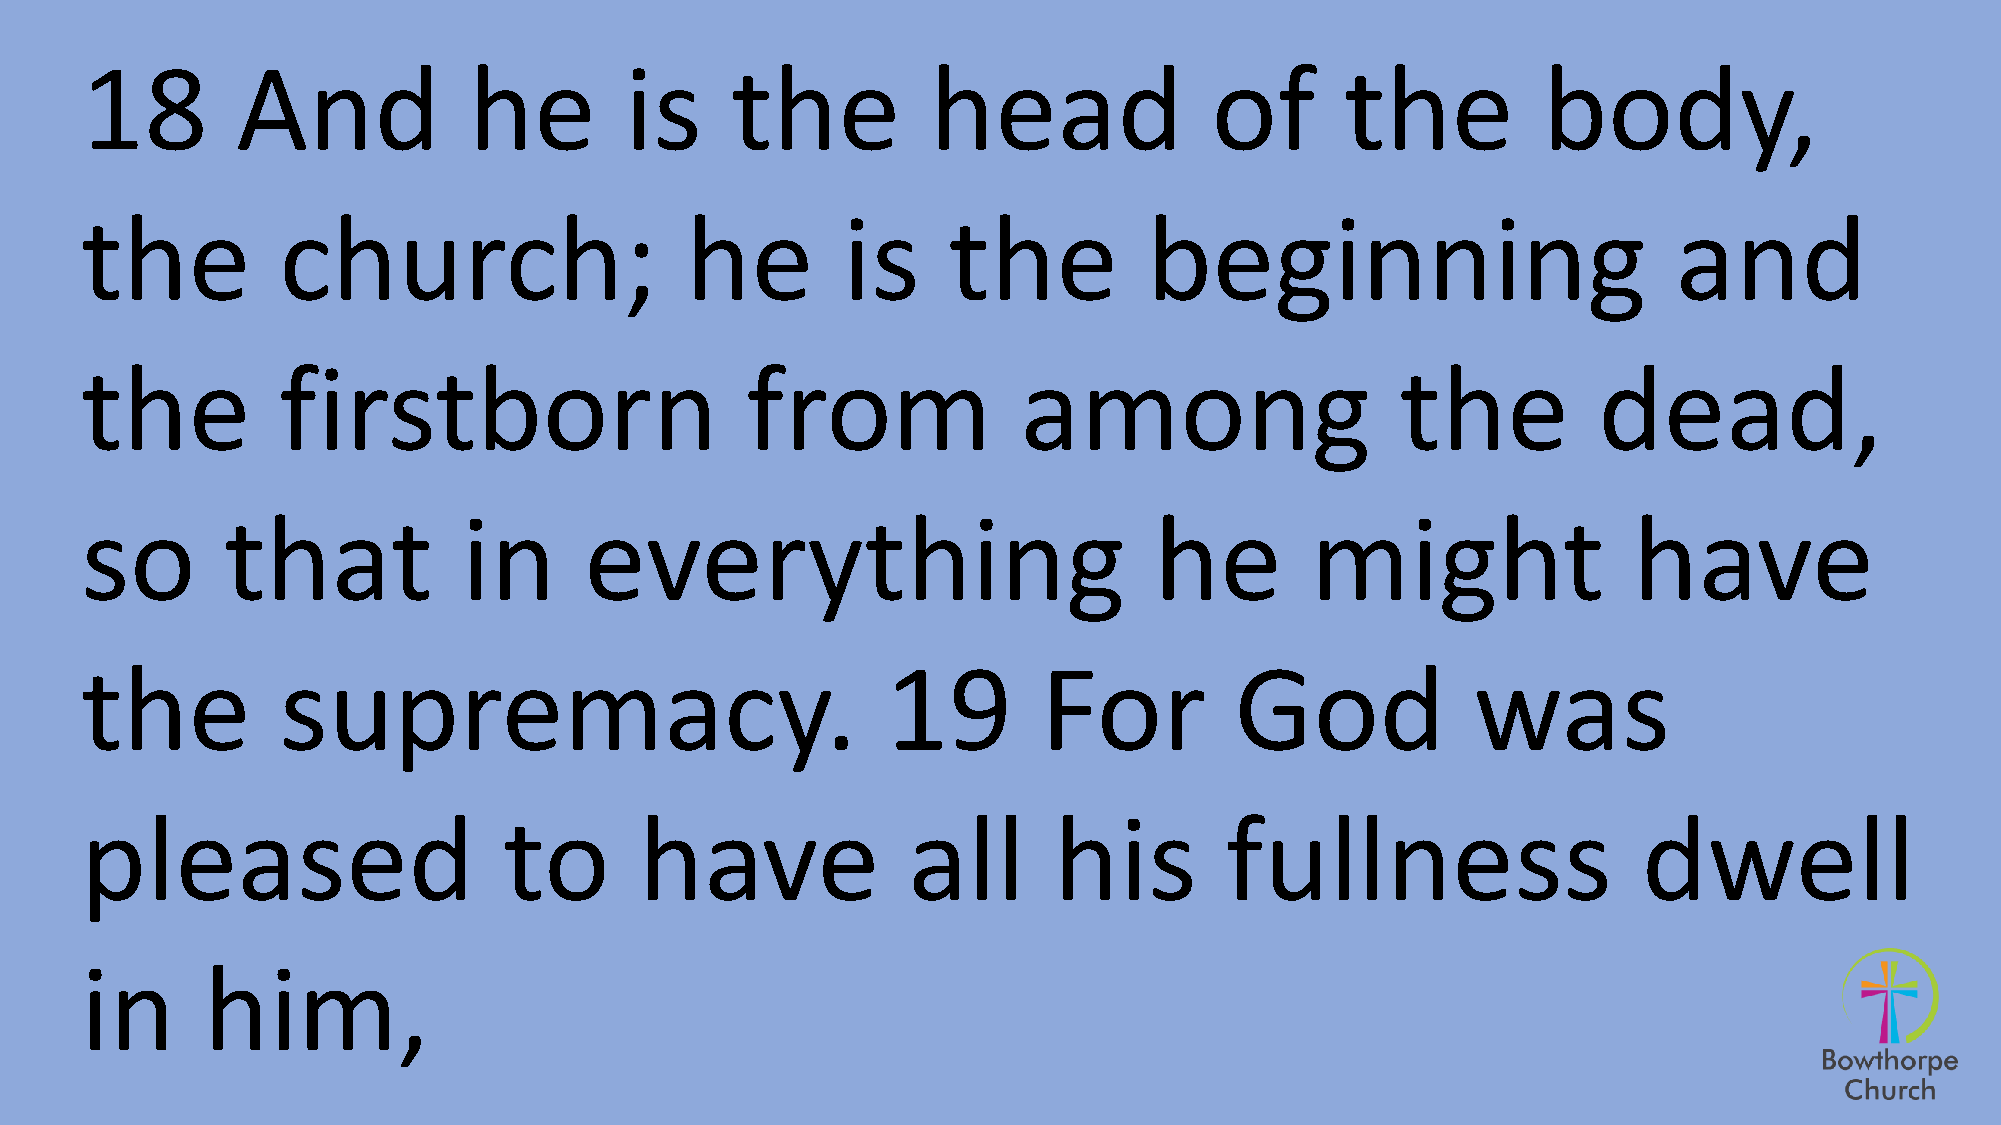
18         And            he        is     the           head              of       the          body,
 the          church;                    he         is     the          beginning                          and
 the          firstborn                      from               among                    the          dead,
 so        that            in      everything                           he         might                have
 the          supremacy.                               19        For          God            was
 pleased                     to       have              all       his        fullness                    dwell
 in      him,